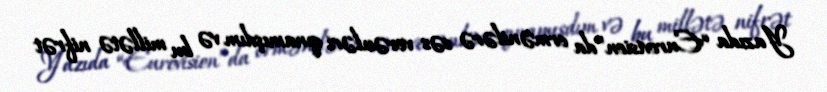
Yazıda “Eurovision”da ermənilərə səs verənləri qınamışdım və bu millətə nifrət